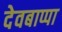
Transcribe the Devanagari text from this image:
देवबाप्पा